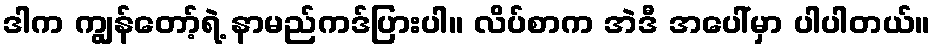
ဒါက ကျွန်တော့်ရဲ့ နာမည်ကဒ်ပြားပါ။ လိပ်စာက အဲဒီ အပေါ်မှာ ပါပါတယ်။